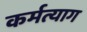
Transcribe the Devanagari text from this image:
कर्मत्याग